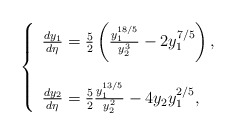
\begin{align*}\left\{ \begin{array}{ll} \frac{d y_1}{d\eta}=\frac{5}{2}\left(\frac{y_1^{18/5}}{y_2^3}-2y_1^{7/5}\right),\\ \\\frac{d y_2}{d\eta}=\frac{5}{2}\frac{y_1^{13/5}}{y_2^2}-4y_2y_1^{2/5}, \end{array} \right.\end{align*}